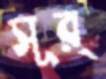
সূর্